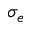
\sigma _ { e }